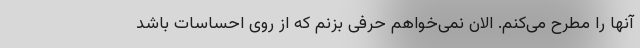
آنها را مطرح می‌کنم. الان نمی‌خواهم حرفی بزنم که از روی احساسات باشد